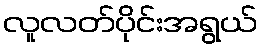
လူလတ်ပိုင်းအရွယ်